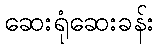
ဆေးရုံဆေးခန်း